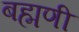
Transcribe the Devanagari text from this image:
बह्मणी